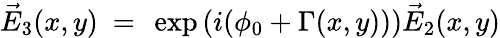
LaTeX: \vec{E}_{3}(x,y)~=~\exp\left(i(\phi_{0}+\Gamma(x,y))\right)\vec{E}_{2}(x,y)